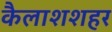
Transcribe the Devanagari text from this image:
कैलाशशहर